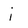
Character: i